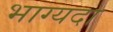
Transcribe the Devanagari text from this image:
भाग्यदा